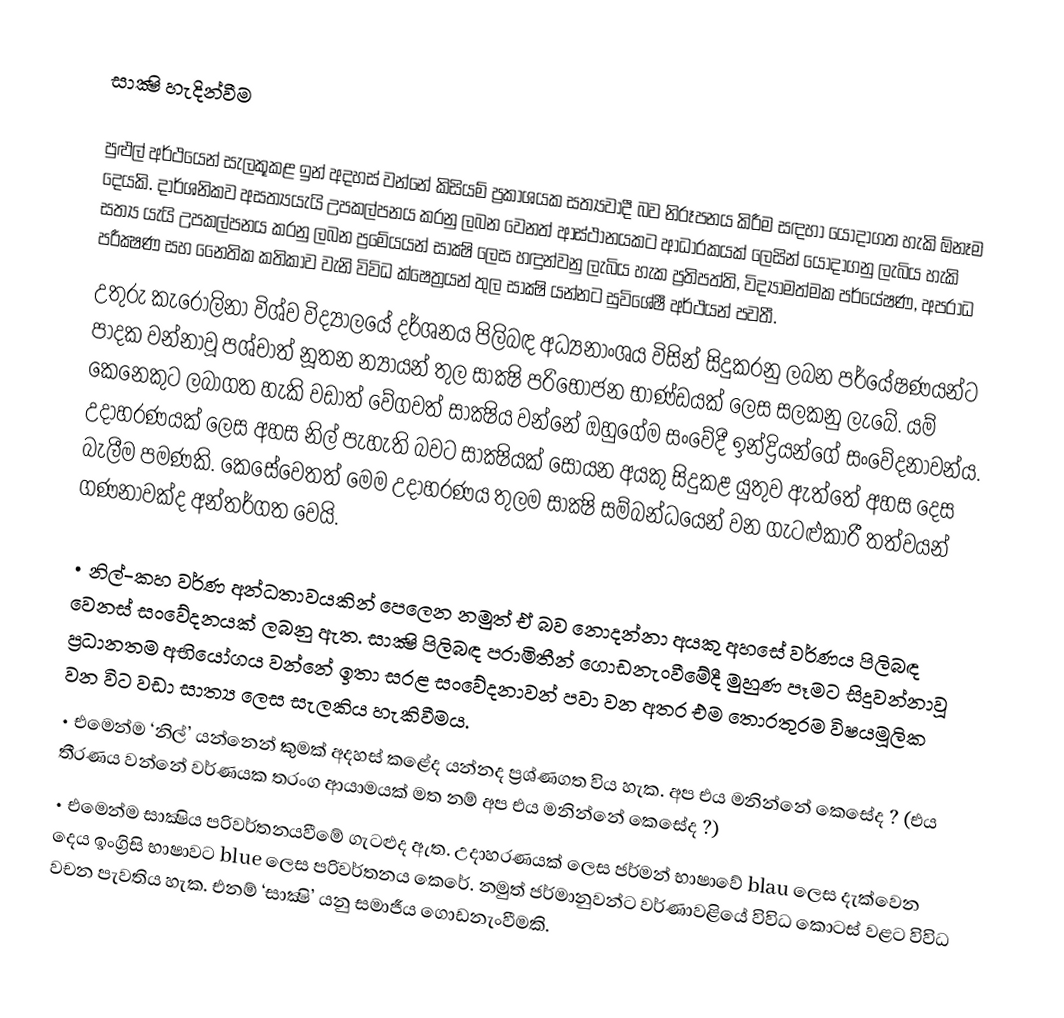
සාක්‍ෂි හැදින්වීම

පුළුල් අර්ථයෙන් සැලකූකළ ඉන් අදහස් වන්නේ කිසියම් ප්‍රකාශයක සත්‍යවාදී බව නිරූපනය කිරීම සඳහා යොදාගත හැකි  ඕනෑම දෙයකි. දාර්ශනිකව අසත්‍යයැයි උපකල්පනය කරනු ලබන වෙනත් ආස්ථානයකට ආධාරකයක් ලෙසින් යොදාගනු ලැබිය හැකි සත්‍ය යැයි උපකල්පනය කරනු ලබන ප්‍රමේයයන් සාක්‍ෂි ලෙස හඳුන්වනු ලැබිය හැක ප්‍රතිපත්ති, විද්‍යාමත්මක පර්යේෂණ, අපරාධ පරීක්‍ෂණ සහ නෛතික කතිකාව වැනි විවිධ ක්ෂෙත්‍රයන් තුල සාක්‍ෂි යන්නට සුවිශේෂී අර්ථයන් පවතී.
උතුරු කැරොලිනා විශ්ව විද්‍යාලයේ දර්ශනය පිලිබඳ අධ්‍යනාංශය විසින් සිදුකරනු ලබන පර්යේෂණයන්ට පාදක වන්නාවූ පශ්චාත් නූතන න්‍යායන් තුල සාක්‍ෂි පරිභෝජන භාණ්ඩයක් ලෙස සලකනු ලැබේ. යම් කෙනෙකුට ලබාගත හැකි වඩාත් වේගවත් සාක්‍ෂිය වන්නේ ඔහුගේම සංවේදී ඉන්ද්‍රියන්ගේ සංවේදනාවන්ය. උදාහරණයක් ලෙස අහස නිල් පැහැති බවට සාක්‍ෂියක් සොයන අයකු සිදුකළ යුතුව ඇත්තේ අහස දෙස බැලීම පමණකි. කෙසේවෙතත් මෙම උදාහරණය තුලම සාක්‍ෂි සම්බන්ධයෙන් වන ගැටළුකාරී තත්වයන් ගණනාවක්ද අන්තර්ගත වෙයි.

• නිල්-කහ වර්ණ අන්ධතාවයකින් පෙලෙන නමුත් ඒ බව නොදන්නා අයකු අහසේ වර්ණය පිලිබඳ වෙනස් සංවේදනයක් ලබනු ඇත. සාක්‍ෂි පිලිබඳ  පරාමිතීන් ගොඩනැංවීමේදී මුහුණ පෑමට සිදුවන්නාවූ ප්‍රධානතම අභියෝගය වන්නේ ඉතා සරළ සංවේදනාවන් පවා වන අතර එම තොරතුරම විෂයමූලික වන විට වඩා සාත්‍ය ලෙස සැලකිය හැකිවීමය.
• එමෙන්ම ‘නිල්’ යන්නෙන් කුමක් අදහස් කළේද යන්නද ප්‍රශ්ණගත විය හැක. අප එය මනින්නේ කෙසේද ? (එය තීරණය වන්නේ වර්ණයක තරංග ආයාමයක් මත නම් අප එය මනින්නේ කෙසේද ?)
• එමෙන්ම සාක්‍ෂිය පරිවර්තනයවීමේ ගැටළුද ඇත. උදාහරණයක් ලෙස ජර්මන් භාෂාවේ  blau ලෙස දැක්වෙන දෙය ඉංග්‍රිසි භාෂාවට blue ලෙස පරිවර්තනය කෙරේ. නමුත් ජර්මානුවන්ට වර්ණාවළියේ විවිධ කොටස් වළට විවිධ වචන පැවතිය හැක. එනම් ‘සාක්‍ෂි’ යනු සමාජීය ගොඩනැංවීමකි.